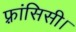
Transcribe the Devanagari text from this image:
फ़्रांसिसी।